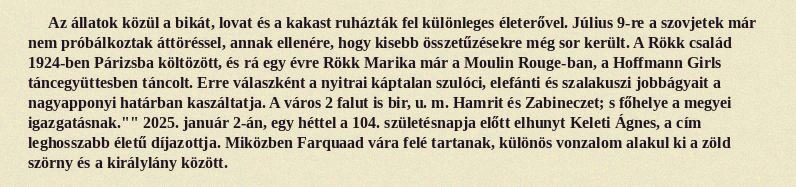
Az állatok közül a bikát, lovat és a kakast ruházták fel különleges életerővel. Július 9-re a szovjetek már nem próbálkoztak áttöréssel, annak ellenére, hogy kisebb összetűzésekre még sor került. A Rökk család 1924-ben Párizsba költözött, és rá egy évre Rökk Marika már a Moulin Rouge-ban, a Hoffmann Girls táncegyüttesben táncolt. Erre válaszként a nyitrai káptalan szulóci, elefánti és szalakuszi jobbágyait a nagyapponyi határban kaszáltatja. A város 2 falut is bir, u. m. Hamrit és Zabineczet; s főhelye a megyei igazgatásnak."" 2025. január 2-án, egy héttel a 104. születésnapja előtt elhunyt Keleti Ágnes, a cím leghosszabb életű díjazottja. Miközben Farquaad vára felé tartanak, különös vonzalom alakul ki a zöld szörny és a királylány között.